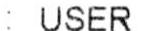
: USER